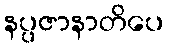
နပ္ပဇာနာတိပေ